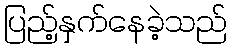
ပြည့်နှက်နေခဲ့သည်